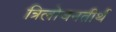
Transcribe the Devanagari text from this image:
त्रिलोचनतीर्थ